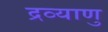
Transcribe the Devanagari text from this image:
द्रव्याणु